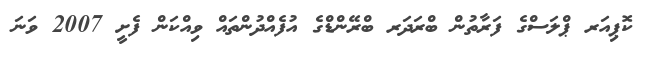
ކޮޕިއަރ ޕްލަސްގެ ފަރާތުން ބްރަދަރ ބްރޭންޑްގެ އުފެއްދުންތައް ވިއްކަން ފެށީ 2007 ވަނަ